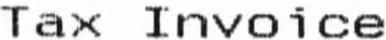
TAX INVOICE